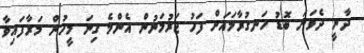
ދާނީ ދެވަނަ ބޮޑު ހަނގުރާމައަށް ފަހު ޖަރުމަނުން އެންމެ ގިނަ މީހުން މަރާފައިވާ